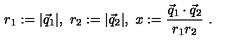
r _ { 1 } : = | \vec { q } _ { 1 } | , \ r _ { 2 } : = | \vec { q } _ { 2 } | , \ x : = \frac { \vec { q } _ { 1 } \cdot \vec { q } _ { 2 } } { r _ { 1 } r _ { 2 } } \ .